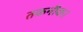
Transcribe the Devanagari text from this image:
तकनीक।